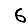
Digit: 6